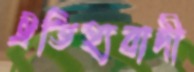
ঐতিহ্যবাদী